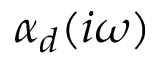
\alpha _ { d } ( i \omega )